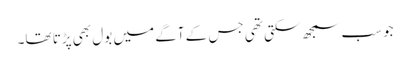
جوسب سمجھ سکتی تھی جس کے آگے میں بول بھی پڑتا تھا۔